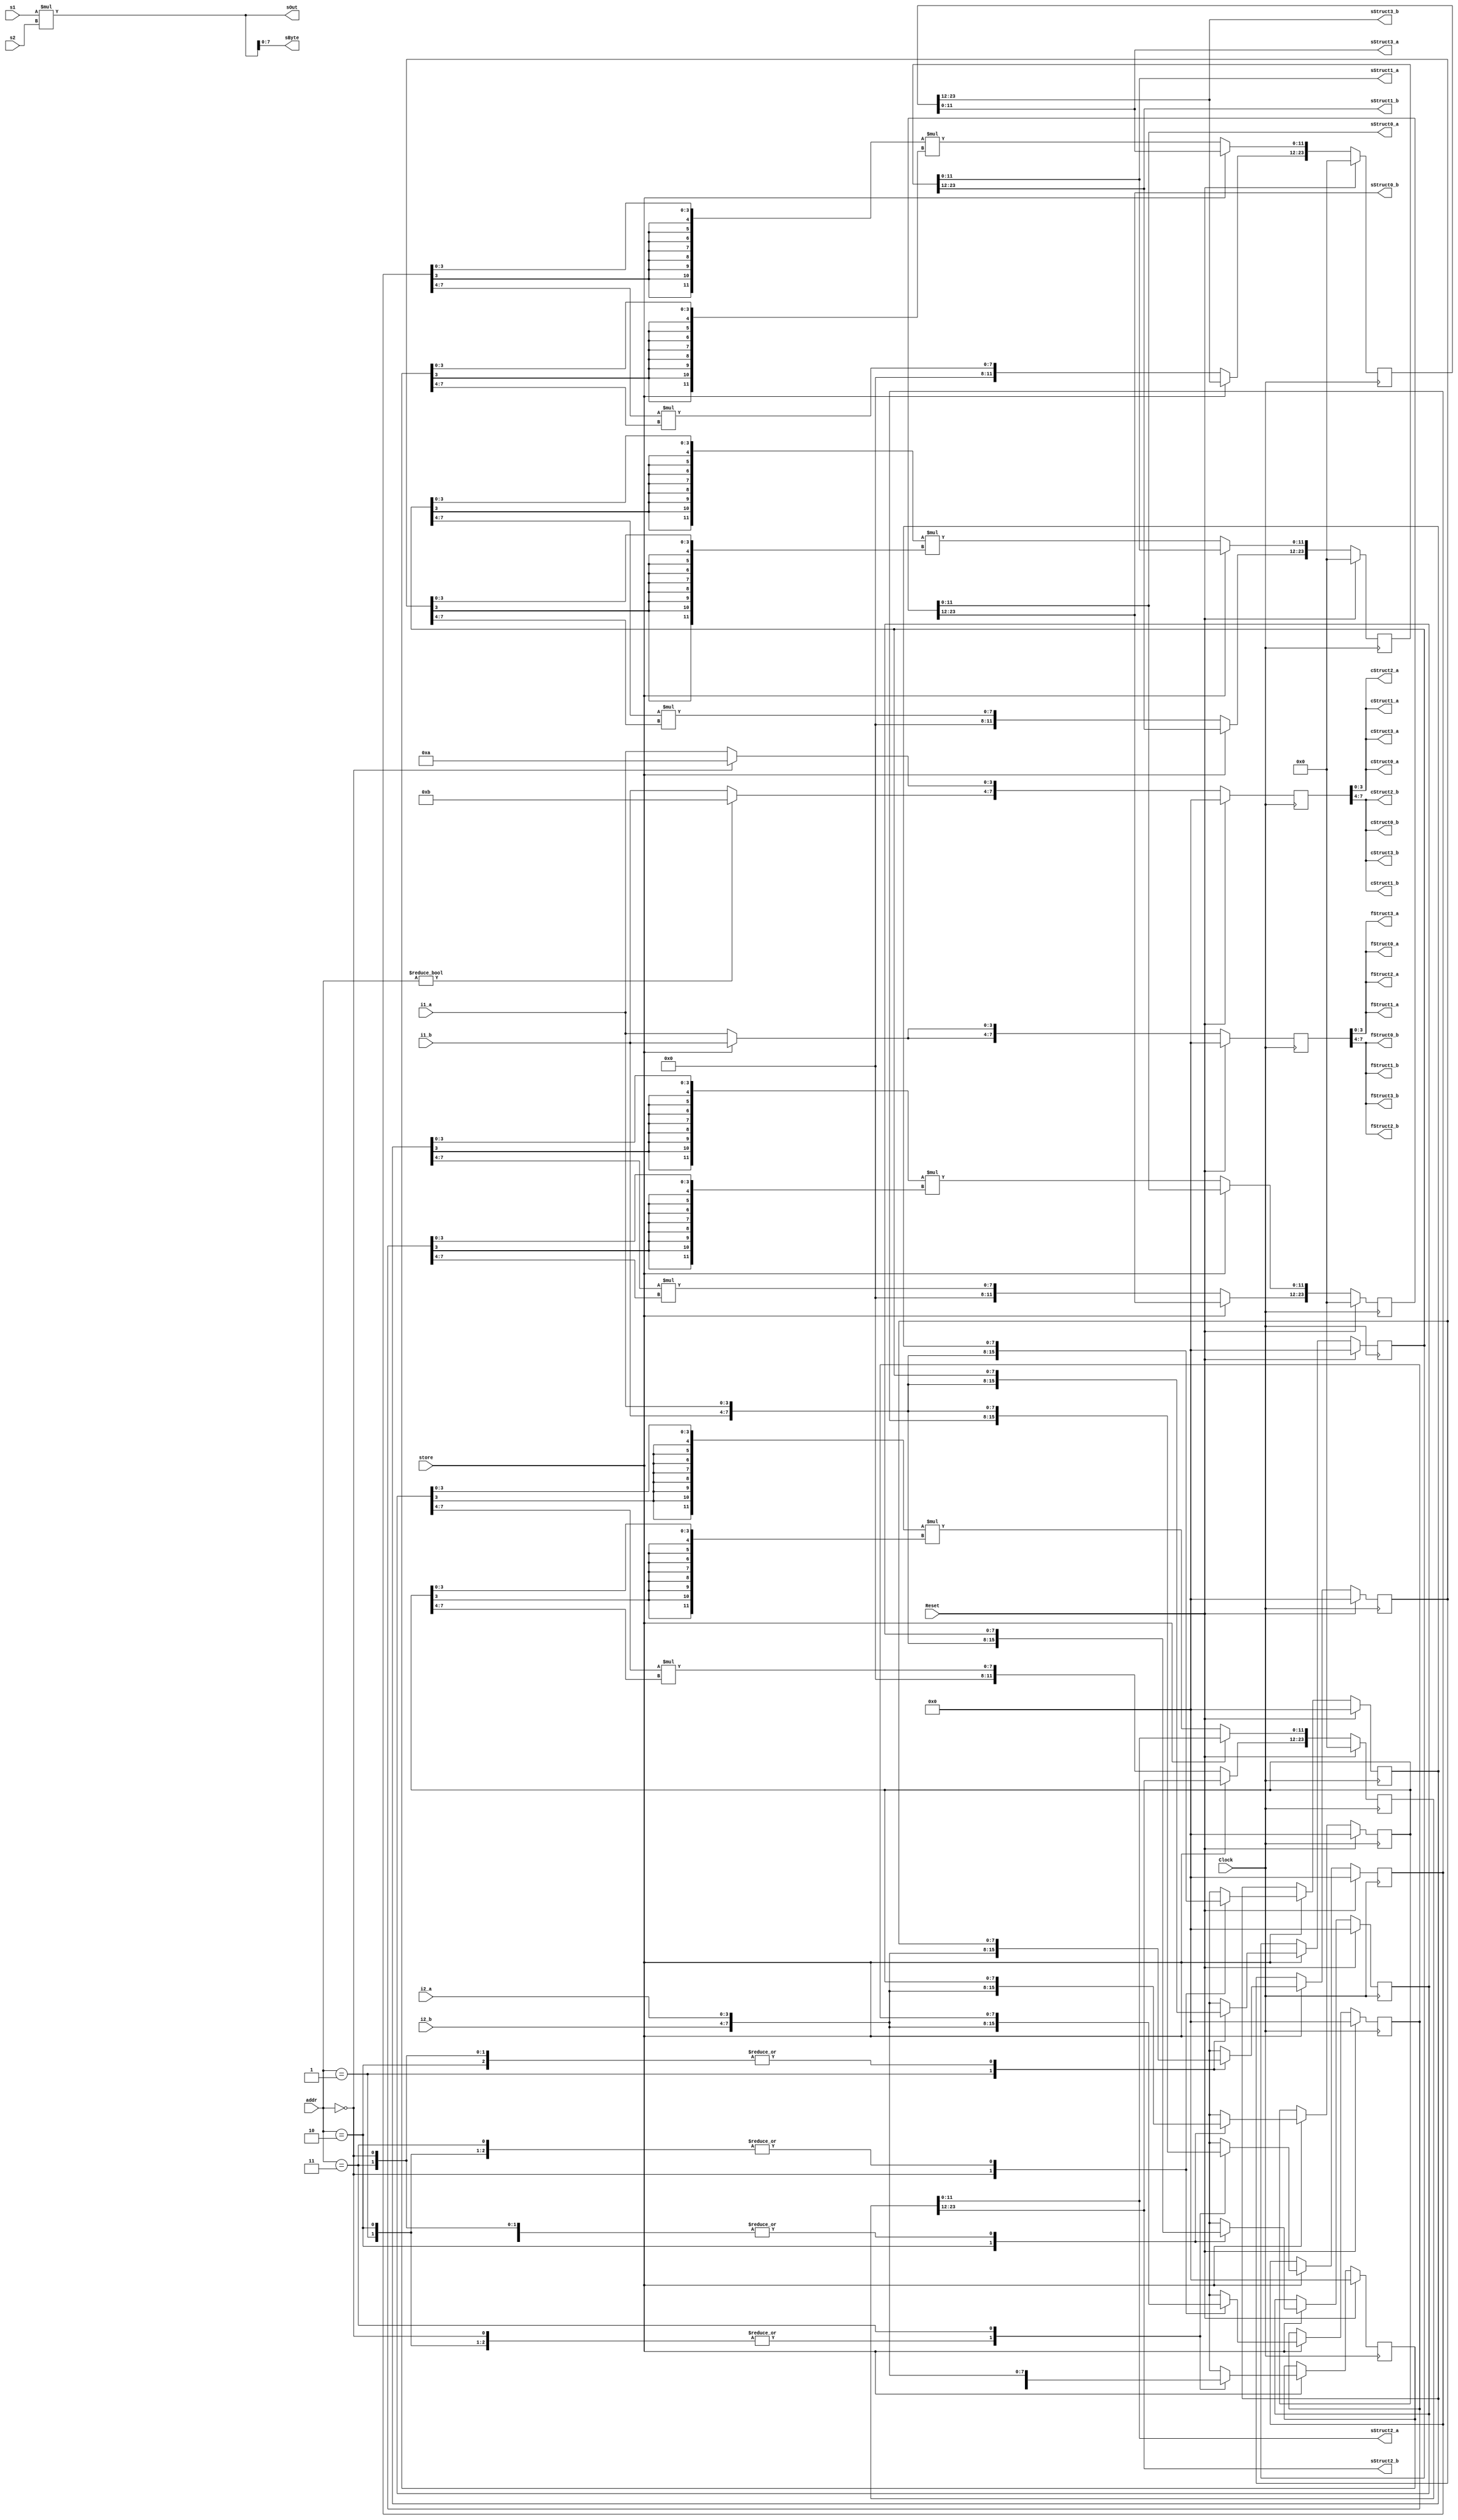
module StructsCombinationalIteratorModule_TopLevel
(
	// [BEGIN USER PORTS]
	// [END USER PORTS]
	input wire Clock,
	input wire Reset,
	input wire [1:0] addr,
	input wire [3:0] i1_a,
	input wire [3:0] i1_b,
	input wire [3:0] i2_a,
	input wire [3:0] i2_b,
	input wire signed [7:0] s1,
	input wire signed [7:0] s2,
	input wire store,
	output wire [3:0] cStruct0_a,
	output wire [3:0] cStruct0_b,
	output wire [3:0] cStruct1_a,
	output wire [3:0] cStruct1_b,
	output wire [3:0] cStruct2_a,
	output wire [3:0] cStruct2_b,
	output wire [3:0] cStruct3_a,
	output wire [3:0] cStruct3_b,
	output wire [3:0] fStruct0_a,
	output wire [3:0] fStruct0_b,
	output wire [3:0] fStruct1_a,
	output wire [3:0] fStruct1_b,
	output wire [3:0] fStruct2_a,
	output wire [3:0] fStruct2_b,
	output wire [3:0] fStruct3_a,
	output wire [3:0] fStruct3_b,
	output wire signed [7:0] sByte,
	output wire signed [15:0] sOut,
	output wire [11:0] sStruct0_a,
	output wire [11:0] sStruct0_b,
	output wire [11:0] sStruct1_a,
	output wire [11:0] sStruct1_b,
	output wire [11:0] sStruct2_a,
	output wire [11:0] sStruct2_b,
	output wire [11:0] sStruct3_a,
	output wire [11:0] sStruct3_b
);
	// [BEGIN USER SIGNALS]
	// [END USER SIGNALS]
	localparam HiSignal = 1'b1;
	localparam LoSignal = 1'b0;
	wire Zero = 1'b0;
	wire One = 1'b1;
	wire true = 1'b1;
	wire false = 1'b0;
	wire [7: 0] State_cDefault = 8'b00000000;
	wire [7: 0] State_fDefault = 8'b00000000;
	wire [7: 0] State_i1Default = 8'b00000000;
	wire [7: 0] State_i2Default = 8'b00000000;
	wire [23: 0] State_oDefault = 24'b000000000000000000000000;
	wire [3: 0] StructsCombinationalIteratorModule_L75F9L101T10_StructsCombinationalIteratorModule_L90F13L94T14_StructsCombinationalIteratorModule_L92F71T73_Expr = 4'b1010;
	wire [3: 0] StructsCombinationalIteratorModule_L75F9L101T10_StructsCombinationalIteratorModule_L90F13L94T14_StructsCombinationalIteratorModule_L93F71T73_Expr = 4'b1011;
	wire [1: 0] Inputs_addr;
	wire [3: 0] Inputs_i1_a;
	wire [3: 0] Inputs_i1_b;
	wire [3: 0] Inputs_i2_a;
	wire [3: 0] Inputs_i2_b;
	wire signed [7: 0] Inputs_s1;
	wire signed [7: 0] Inputs_s2;
	wire Inputs_store;
	integer i;
	integer i1;
	integer i2;
	wire signed [7: 0] StructsCombinationalIteratorModule_L69F31T61_Cast;
	wire signed [15: 0] StructsCombinationalIteratorModule_L68F30T60_Cast;
	wire signed [15: 0] StructsCombinationalIteratorModule_L69F39T60_Expr;
	wire signed [15: 0] StructsCombinationalIteratorModule_L69F39T60_Expr_1;
	wire signed [15: 0] StructsCombinationalIteratorModule_L69F39T60_Expr_2;
	wire signed [15: 0] StructsCombinationalIteratorModule_L68F38T59_Expr;
	wire signed [15: 0] StructsCombinationalIteratorModule_L68F38T59_Expr_1;
	wire signed [15: 0] StructsCombinationalIteratorModule_L68F38T59_Expr_2;
	integer State_c_Iterator;
	reg [7 : 0] State_c [0 : 3];
	initial
	begin : Init_State_c
		for (State_c_Iterator = 0; State_c_Iterator < 4; State_c_Iterator = State_c_Iterator + 1)
			State_c[State_c_Iterator] = 0;
	end
	integer NextState_c_Iterator;
	reg [7 : 0] NextState_c [0 : 3];
	initial
	begin : Init_NextState_c
		for (NextState_c_Iterator = 0; NextState_c_Iterator < 4; NextState_c_Iterator = NextState_c_Iterator + 1)
			NextState_c[NextState_c_Iterator] = 0;
	end
	integer State_f_Iterator;
	reg [7 : 0] State_f [0 : 3];
	initial
	begin : Init_State_f
		for (State_f_Iterator = 0; State_f_Iterator < 4; State_f_Iterator = State_f_Iterator + 1)
			State_f[State_f_Iterator] = 0;
	end
	integer NextState_f_Iterator;
	reg [7 : 0] NextState_f [0 : 3];
	initial
	begin : Init_NextState_f
		for (NextState_f_Iterator = 0; NextState_f_Iterator < 4; NextState_f_Iterator = NextState_f_Iterator + 1)
			NextState_f[NextState_f_Iterator] = 0;
	end
	integer State_i1_Iterator;
	reg [7 : 0] State_i1 [0 : 3];
	initial
	begin : Init_State_i1
		for (State_i1_Iterator = 0; State_i1_Iterator < 4; State_i1_Iterator = State_i1_Iterator + 1)
			State_i1[State_i1_Iterator] = 0;
	end
	integer NextState_i1_Iterator;
	reg [7 : 0] NextState_i1 [0 : 3];
	initial
	begin : Init_NextState_i1
		for (NextState_i1_Iterator = 0; NextState_i1_Iterator < 4; NextState_i1_Iterator = NextState_i1_Iterator + 1)
			NextState_i1[NextState_i1_Iterator] = 0;
	end
	integer State_i2_Iterator;
	reg [7 : 0] State_i2 [0 : 3];
	initial
	begin : Init_State_i2
		for (State_i2_Iterator = 0; State_i2_Iterator < 4; State_i2_Iterator = State_i2_Iterator + 1)
			State_i2[State_i2_Iterator] = 0;
	end
	integer NextState_i2_Iterator;
	reg [7 : 0] NextState_i2 [0 : 3];
	initial
	begin : Init_NextState_i2
		for (NextState_i2_Iterator = 0; NextState_i2_Iterator < 4; NextState_i2_Iterator = NextState_i2_Iterator + 1)
			NextState_i2[NextState_i2_Iterator] = 0;
	end
	integer State_o_Iterator;
	reg [23 : 0] State_o [0 : 3];
	initial
	begin : Init_State_o
		for (State_o_Iterator = 0; State_o_Iterator < 4; State_o_Iterator = State_o_Iterator + 1)
			State_o[State_o_Iterator] = 0;
	end
	integer NextState_o_Iterator;
	reg [23 : 0] NextState_o [0 : 3];
	initial
	begin : Init_NextState_o
		for (NextState_o_Iterator = 0; NextState_o_Iterator < 4; NextState_o_Iterator = NextState_o_Iterator + 1)
			NextState_o[NextState_o_Iterator] = 0;
	end
	always @ (posedge Clock)
	begin
		if ((Reset == 1))
		begin
			for (State_c_Iterator = 0; (State_c_Iterator < 4); State_c_Iterator = (State_c_Iterator + 1))
			begin
				State_c[State_c_Iterator] <= State_cDefault;
			end
		end
		else
		begin
			for (State_c_Iterator = 0; (State_c_Iterator < 4); State_c_Iterator = (State_c_Iterator + 1))
			begin
				State_c[State_c_Iterator] <= NextState_c[State_c_Iterator];
			end
		end
	end
	always @ (posedge Clock)
	begin
		if ((Reset == 1))
		begin
			for (State_f_Iterator = 0; (State_f_Iterator < 4); State_f_Iterator = (State_f_Iterator + 1))
			begin
				State_f[State_f_Iterator] <= State_fDefault;
			end
		end
		else
		begin
			for (State_f_Iterator = 0; (State_f_Iterator < 4); State_f_Iterator = (State_f_Iterator + 1))
			begin
				State_f[State_f_Iterator] <= NextState_f[State_f_Iterator];
			end
		end
	end
	always @ (posedge Clock)
	begin
		if ((Reset == 1))
		begin
			for (State_i1_Iterator = 0; (State_i1_Iterator < 4); State_i1_Iterator = (State_i1_Iterator + 1))
			begin
				State_i1[State_i1_Iterator] <= State_i1Default;
			end
		end
		else
		begin
			for (State_i1_Iterator = 0; (State_i1_Iterator < 4); State_i1_Iterator = (State_i1_Iterator + 1))
			begin
				State_i1[State_i1_Iterator] <= NextState_i1[State_i1_Iterator];
			end
		end
	end
	always @ (posedge Clock)
	begin
		if ((Reset == 1))
		begin
			for (State_i2_Iterator = 0; (State_i2_Iterator < 4); State_i2_Iterator = (State_i2_Iterator + 1))
			begin
				State_i2[State_i2_Iterator] <= State_i2Default;
			end
		end
		else
		begin
			for (State_i2_Iterator = 0; (State_i2_Iterator < 4); State_i2_Iterator = (State_i2_Iterator + 1))
			begin
				State_i2[State_i2_Iterator] <= NextState_i2[State_i2_Iterator];
			end
		end
	end
	always @ (posedge Clock)
	begin
		if ((Reset == 1))
		begin
			for (State_o_Iterator = 0; (State_o_Iterator < 4); State_o_Iterator = (State_o_Iterator + 1))
			begin
				State_o[State_o_Iterator] <= State_oDefault;
			end
		end
		else
		begin
			for (State_o_Iterator = 0; (State_o_Iterator < 4); State_o_Iterator = (State_o_Iterator + 1))
			begin
				State_o[State_o_Iterator] <= NextState_o[State_o_Iterator];
			end
		end
	end
	assign StructsCombinationalIteratorModule_L69F39T60_Expr = StructsCombinationalIteratorModule_L69F39T60_Expr_1 * StructsCombinationalIteratorModule_L69F39T60_Expr_2;
	assign StructsCombinationalIteratorModule_L68F38T59_Expr = StructsCombinationalIteratorModule_L68F38T59_Expr_1 * StructsCombinationalIteratorModule_L68F38T59_Expr_2;
	always @ (*)
	begin
		NextState_c_Iterator = 0;
		NextState_f_Iterator = 0;
		NextState_i1_Iterator = 0;
		NextState_i2_Iterator = 0;
		NextState_o_Iterator = 0;
		i = 0;
		i1 = 0;
		i2 = 0;
		for (NextState_c_Iterator = 0; (NextState_c_Iterator < 4); NextState_c_Iterator = (NextState_c_Iterator + 1))
		begin
			NextState_c[NextState_c_Iterator] = State_c[NextState_c_Iterator];
		end
		for (NextState_f_Iterator = 0; (NextState_f_Iterator < 4); NextState_f_Iterator = (NextState_f_Iterator + 1))
		begin
			NextState_f[NextState_f_Iterator] = State_f[NextState_f_Iterator];
		end
		for (NextState_i1_Iterator = 0; (NextState_i1_Iterator < 4); NextState_i1_Iterator = (NextState_i1_Iterator + 1))
		begin
			NextState_i1[NextState_i1_Iterator] = State_i1[NextState_i1_Iterator];
		end
		for (NextState_i2_Iterator = 0; (NextState_i2_Iterator < 4); NextState_i2_Iterator = (NextState_i2_Iterator + 1))
		begin
			NextState_i2[NextState_i2_Iterator] = State_i2[NextState_i2_Iterator];
		end
		for (NextState_o_Iterator = 0; (NextState_o_Iterator < 4); NextState_o_Iterator = (NextState_o_Iterator + 1))
		begin
			NextState_o[NextState_o_Iterator] = State_o[NextState_o_Iterator];
		end
		if ((Inputs_store == 1))
		begin
			NextState_i1[Inputs_addr] = {
				Inputs_i1_b,
				Inputs_i1_a
			}
			;
			NextState_i2[Inputs_addr] = {
				Inputs_i2_b,
				Inputs_i2_a
			}
			;
		end
		else
		begin
			for (i = 0; (i < 4); i = (i + 1))
			begin
				NextState_o[i][11:0] = ((resize_signed_6_12(resize_signed_4_6(State_i1[i][3:0]))) * (resize_signed_6_12(resize_signed_4_6(State_i2[i][3:0]))));
				NextState_o[i][23:12] = ((resize_unsigned_6_12(resize_unsigned_4_6(State_i1[i][7:4]))) * (resize_unsigned_6_12(resize_unsigned_4_6(State_i2[i][7:4]))));
			end
		end
		for (i1 = 0; (i1 < 4); i1 = (i1 + 1))
		begin
			NextState_c[i1][3:0] = (((Inputs_addr == 0)) ? StructsCombinationalIteratorModule_L75F9L101T10_StructsCombinationalIteratorModule_L90F13L94T14_StructsCombinationalIteratorModule_L92F71T73_Expr : Inputs_i1_a);
			NextState_c[i1][7:4] = (((Inputs_addr != 0)) ? StructsCombinationalIteratorModule_L75F9L101T10_StructsCombinationalIteratorModule_L90F13L94T14_StructsCombinationalIteratorModule_L93F71T73_Expr : Inputs_i1_b);
		end
		for (i2 = 0; (i2 < 4); i2 = (i2 + 1))
		begin
			NextState_f[i2][3:0] = (Inputs_store ? Inputs_i1_b : Inputs_i1_a);
			NextState_f[i2][7:4] = (((~Inputs_store)) ? Inputs_i1_a : Inputs_i1_b);
		end
	end
	assign StructsCombinationalIteratorModule_L69F39T60_Expr_1 = {
		{8{Inputs_s1[7]}},
		Inputs_s1
	}
	;
	assign StructsCombinationalIteratorModule_L69F39T60_Expr_2 = {
		{8{Inputs_s2[7]}},
		Inputs_s2
	}
	;
	assign StructsCombinationalIteratorModule_L68F38T59_Expr_1 = {
		{8{Inputs_s1[7]}},
		Inputs_s1
	}
	;
	assign StructsCombinationalIteratorModule_L68F38T59_Expr_2 = {
		{8{Inputs_s2[7]}},
		Inputs_s2
	}
	;
	assign Inputs_addr = addr;
	assign Inputs_i1_a = i1_a;
	assign Inputs_i1_b = i1_b;
	assign Inputs_i2_a = i2_a;
	assign Inputs_i2_b = i2_b;
	assign Inputs_s1 = s1;
	assign Inputs_s2 = s2;
	assign Inputs_store = store;
	assign cStruct0_b = State_c[0][7:4];
	assign cStruct0_a = State_c[0][3:0];
	assign cStruct1_b = State_c[1][7:4];
	assign cStruct1_a = State_c[1][3:0];
	assign cStruct2_b = State_c[2][7:4];
	assign cStruct2_a = State_c[2][3:0];
	assign cStruct3_b = State_c[3][7:4];
	assign cStruct3_a = State_c[3][3:0];
	assign fStruct0_b = State_f[0][7:4];
	assign fStruct0_a = State_f[0][3:0];
	assign fStruct1_b = State_f[1][7:4];
	assign fStruct1_a = State_f[1][3:0];
	assign fStruct2_b = State_f[2][7:4];
	assign fStruct2_a = State_f[2][3:0];
	assign fStruct3_b = State_f[3][7:4];
	assign fStruct3_a = State_f[3][3:0];
	assign StructsCombinationalIteratorModule_L69F31T61_Cast = StructsCombinationalIteratorModule_L69F39T60_Expr[7:0];
	assign sByte = StructsCombinationalIteratorModule_L69F31T61_Cast;
	assign StructsCombinationalIteratorModule_L68F30T60_Cast = StructsCombinationalIteratorModule_L68F38T59_Expr;
	assign sOut = StructsCombinationalIteratorModule_L68F30T60_Cast;
	assign sStruct0_b = State_o[0][23:12];
	assign sStruct0_a = State_o[0][11:0];
	assign sStruct1_b = State_o[1][23:12];
	assign sStruct1_a = State_o[1][11:0];
	assign sStruct2_b = State_o[2][23:12];
	assign sStruct2_a = State_o[2][11:0];
	assign sStruct3_b = State_o[3][23:12];
	assign sStruct3_a = State_o[3][11:0];
	function
	[5: 0] resize_signed_4_6;
		input wire signed [3:0] source;
		begin
			resize_signed_4_6 = {
				{2{source[3]}},
				source
			}
			;
		end
	endfunction
	function
	[11: 0] resize_signed_6_12;
		input wire signed [5:0] source;
		begin
			resize_signed_6_12 = {
				{6{source[5]}},
				source
			}
			;
		end
	endfunction
	function
	[5: 0] resize_unsigned_4_6;
		input wire [3:0] source;
		begin
			resize_unsigned_4_6 = {
				{2{1'b0}},
				source
			}
			;
		end
	endfunction
	function
	[11: 0] resize_unsigned_6_12;
		input wire [5:0] source;
		begin
			resize_unsigned_6_12 = {
				{6{1'b0}},
				source
			}
			;
		end
	endfunction
	// [BEGIN USER ARCHITECTURE]
	// [END USER ARCHITECTURE]
endmodule